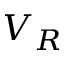
V _ { R }